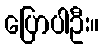
ပြောပါဦး။